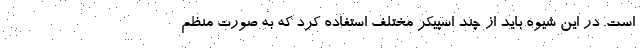
است. در این شیوه باید از چند اسپیکر مختلف استفاده کرد که به صورت منظم